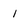
Character: 1